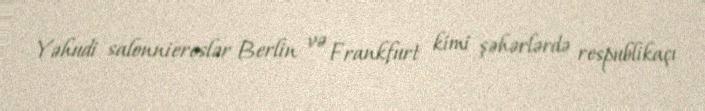
Yəhudi salonniereslər Berlin və Frankfurt kimi şəhərlərdə respublikaçı